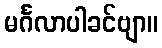
မင်္ဂလာပါခင်ဗျာ။